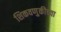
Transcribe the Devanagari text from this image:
शिकवणुकीच्‍या